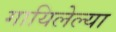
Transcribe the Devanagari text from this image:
गायिलेल्या